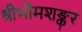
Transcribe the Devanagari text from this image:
श्रीभीमशङ्कर